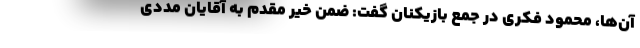
آن‌ها، محمود فکری در جمع بازیکنان گفت: ضمن خیر مقدم به آقایان مددی